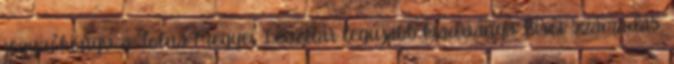
jegyzőkönyv a Tolna Megyei Levéltár legújabb kiadványa Bírói számadás,